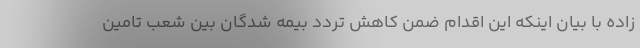
زاده با بیان اینکه این اقدام ضمن کاهش تردد بیمه شدگان بین شعب تامین